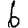
Digit: 6